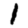
Digit: 1